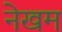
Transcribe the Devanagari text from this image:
नेखम